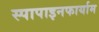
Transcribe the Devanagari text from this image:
स्पापाइनफार्याम